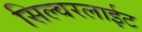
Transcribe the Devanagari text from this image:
सिल्वरलाईट